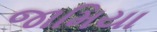
જામિયા